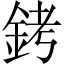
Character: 銬